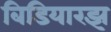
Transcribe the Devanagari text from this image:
बिडियारझ